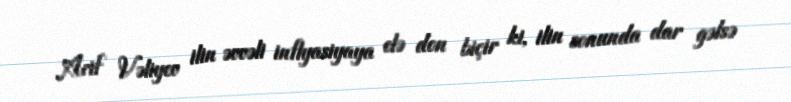
Arif Vəliyev ilin əvvəli inflyasiyaya elə don biçir ki, ilin sonunda dar gəlsə